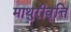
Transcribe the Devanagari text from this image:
माथुरीवृत्ति